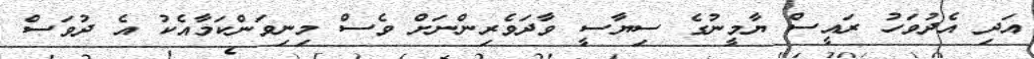
އަދި އެދުވަހު ރައީސް ޔާމީނުގެ ސިޔާސީ ވާދަވެރިންނަށް ވެސް މިނިވަންކަމާއެކު އެ ދުވަސް